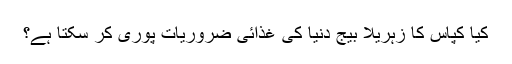
کیا کپاس کا زہریلا بیج دنیا کی غذائی ضروریات پوری کر سکتا ہے؟